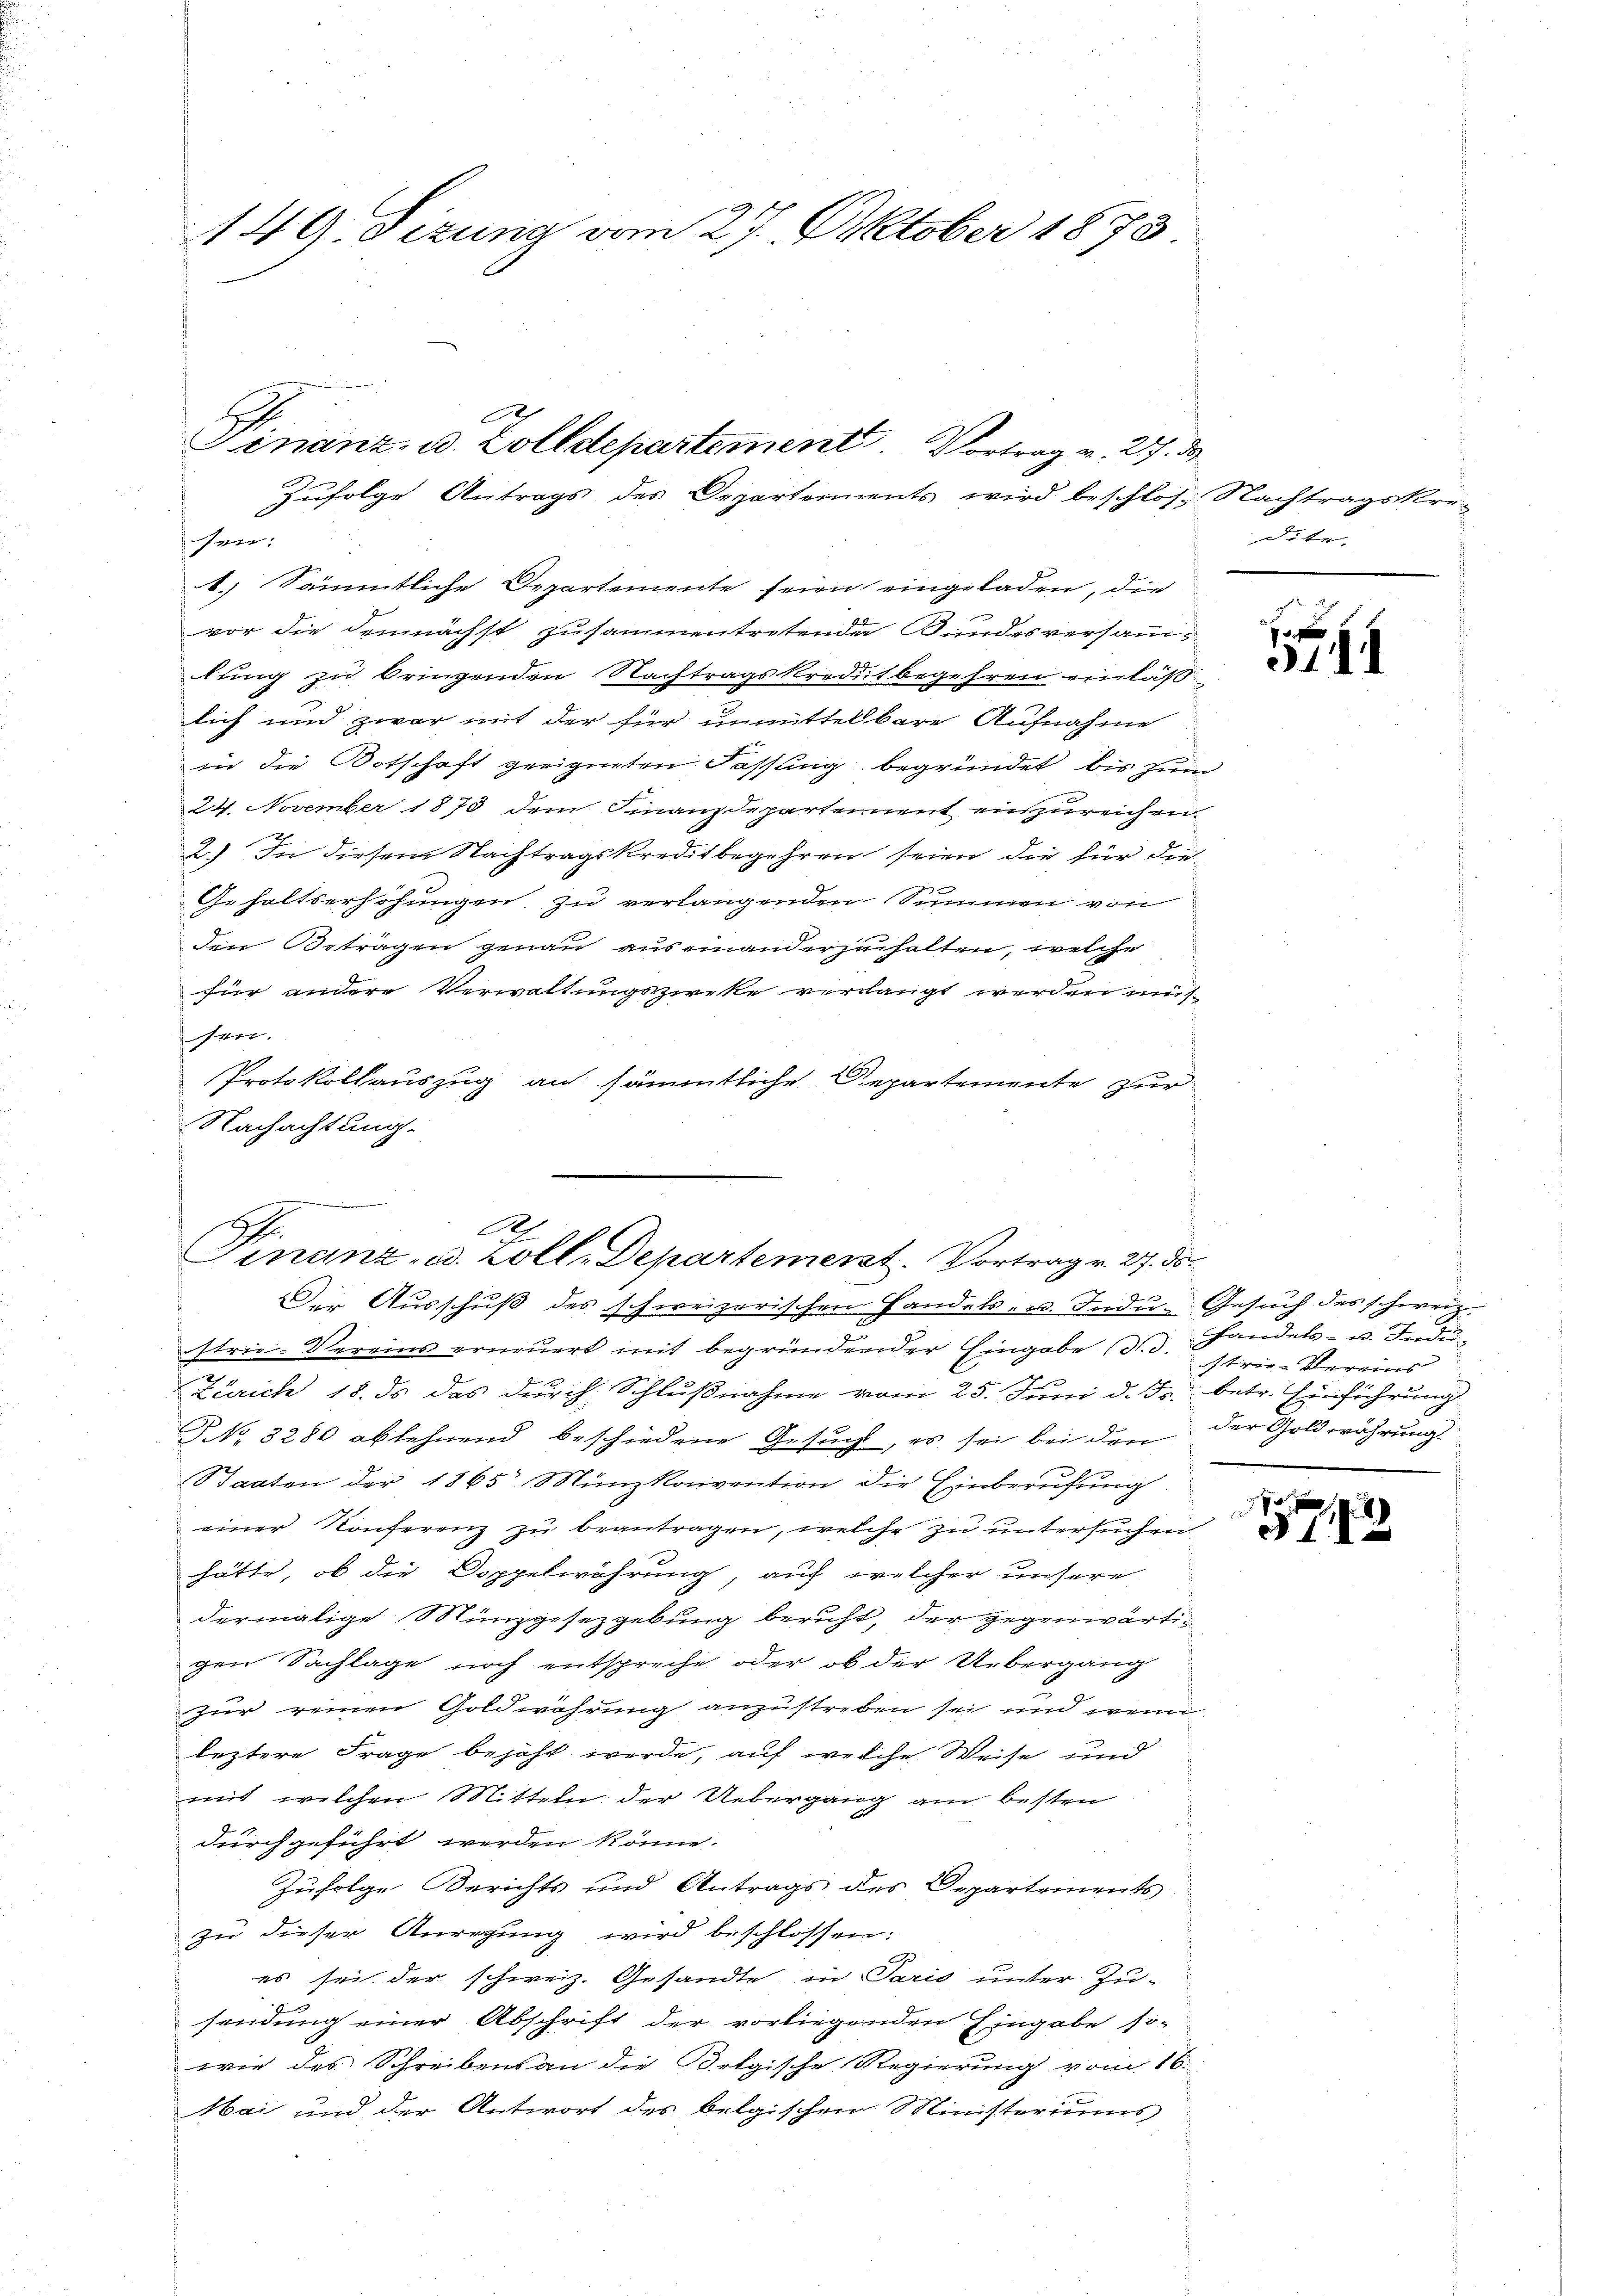
149. Sizung vom 27. Oktober 1873

ser:
1.) Sämmtliche Departemente seien eingeladen, die
vor die demnächst zusammentretender Bundesversamm-
lung zu bringenden Nachtragskreditbegehren einlaß.
lich und zwar mit der für unmittelbare Aufnahme
in die Botschaft greigneten Fassung begründet, bis zum
24. November 1873 dem Finanzdepartement einzureichen
2.) In diesem Nachtragskreditbegehren seien, die für die
Gehaltserhöhungen zu verlangenden Summen von
den Beträgen genau auseinanderzuhalten, welche
für andere Verwaltungszwecke verlangt werden mus
ver.
Protokollauszug an sämmtliche Repartemente zur
Nachachtung.
Der Ausschuß des schweizerischen Handels- u. Indu. Gesuch des schweiz.
strie-Vereins erneuert mit begründender Eingabe (d. Handels- u. Indun
Zürich 18. ds das durch. Schlußnahme vom 25. Juni d. Js. betr. Einführung
NNo. 3280 ablehnend beschiedene Gesŭch, es sei bei den der Goldwährung
Staaten der 1865 Münzkonvention die Einberufung
einer Konferenz zu beantragen, welche zu untersuchen
hätte, ob die Doppelwöhrung, auf welcher unsere
dermalige Münzgesetzgebung beruht, der gegenwärtigen Sachlage noch entspreche oder ob der Uebergang
zur reinen Goldwährung anzustreben sei und wenn
leztere Frage bejaht werde, auf welche Weise und
mit, welchen Mitteln der Uebergang am besten
durchgeführt werden könne.
Zufolge Berichts und Antrags des Departements
zu dieser Anregung wird beschlossen:
es sei der schweiz. Gesandte in Paris unter Zusendung einer Abschrift der vorliegenden Eingabe so-
wie des Schreibens an die Belgische Regierung vom 16.
Mai und der Antwort des belgischen Ministeriums
s

e

Finanz- u. Zolldepartement. Vertrag v. 27. 2

Zufolge Antrags des Departements wird beschlos- Nachtragskre-

A
Finanz- B. Zoll-Departement. Vortrag v. 27. ds.

dete.

.
3141

istrie-Vereins

173